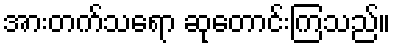
အားတက်သရော ဆုတောင်းကြသည်။